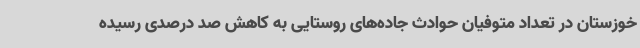
خوزستان در تعداد متوفیان حوادث جاده‌های روستایی به کاهش صد درصدی رسیده